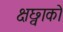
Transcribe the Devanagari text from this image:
क्षछ्वाको